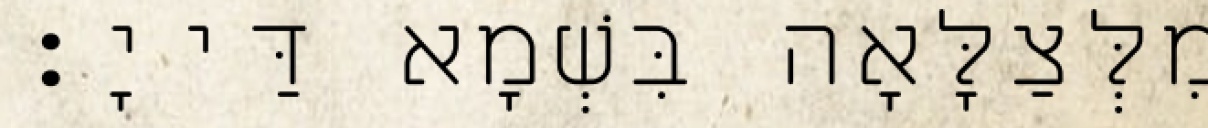
מִלְּצַלָּאָה בִּשְׁמָא דַּייָ׃